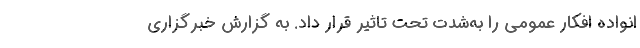
انواده افکار عمومی را به‌شدت تحت تاثیر قرار داد. به گزارش خبرگزاری